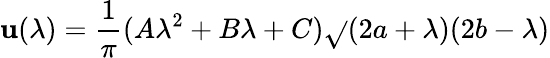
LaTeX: \mathbf{u}(\lambda)=\frac{{1}}{{\pi}}(A\lambda^{2}+B\lambda+C)\sqrt{}{{(2a+\lambda)(2b-\lambda)}}